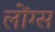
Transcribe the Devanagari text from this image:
लोंग्स